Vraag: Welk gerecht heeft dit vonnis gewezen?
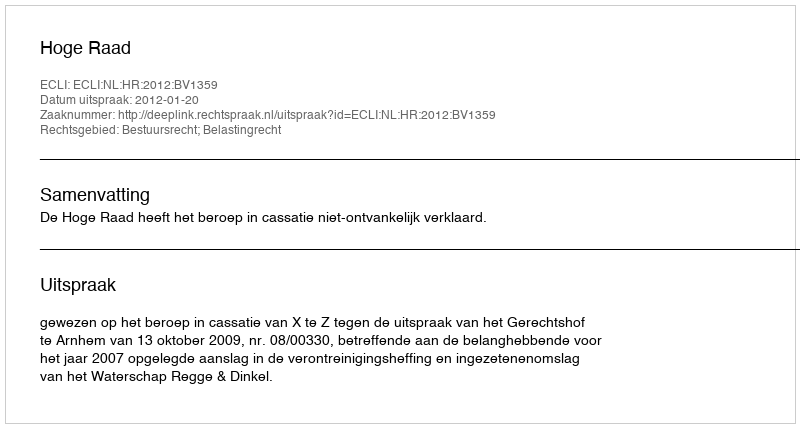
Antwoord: Hoge Raad